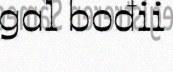
gal bođii